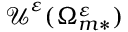
\boldsymbol { \mathcal { U } } ^ { \varepsilon } ( \Omega _ { m * } ^ { \varepsilon } )